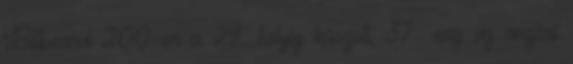
Billboard 200-on a 29. helyig kúszott, 37 míg az angliai